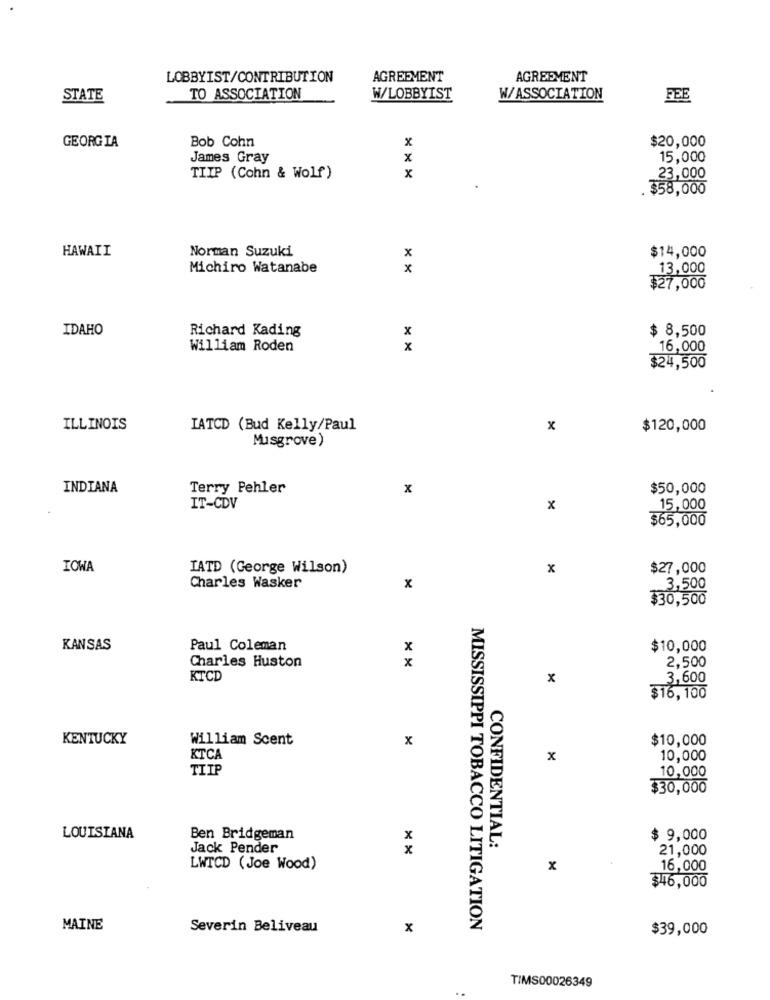
LOBBYIST/CONTRIBUTION
AGREEMENT
AGREEMENT
STATE
TO ASSOCIATION
W/LOBBYIST
W/ASSOCIATION
FEE
GEORGIA
x
$20,000
Bob Cohn
James Gray
x
15,000
TIIP (Cohn & Wolf)
x
23,000
$58,000
HAWAII
Norman Suzuki
x
$14,000
Michiro Watanabe
x
13,000
$27,000
IDAHO
Richard Kading
x
$ 8,500
William Roden
x
16,000
$24,500
ILLINOIS
IATCD (Bud Kelly/Paul
x
$120,000
Musgrove)
INDIANA
Terry Pehler
x
$50,000
IT-CDV
x
15,000
$65,000
IOWA
IATD (George Wilson)
x
$27,000
Charles Wasker
x
3,500
$30,500
KANSAS
Paul Coleman
x
$10,000
Charles Huston
x
2,500
KTCD
x
3,600
$16,100
KENTUCKY
William Scent
x
$10,000
KTCA
x
10,000
TIIP
10,000
$30,000
LOUISIANA
Ben Bridgeman
x
$ 9,000
Jack Pender
x
CONFIDENTIAL:
21,000
LWTCD (Joe Wood)
x
16,000
$46,000
MAINE
Severin Beliveau
x
MISSISSIPPI TOBACCO LITIGATION
$39,000
TIMS00026349
..